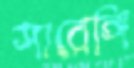
সারেঙ্গি